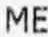
ME